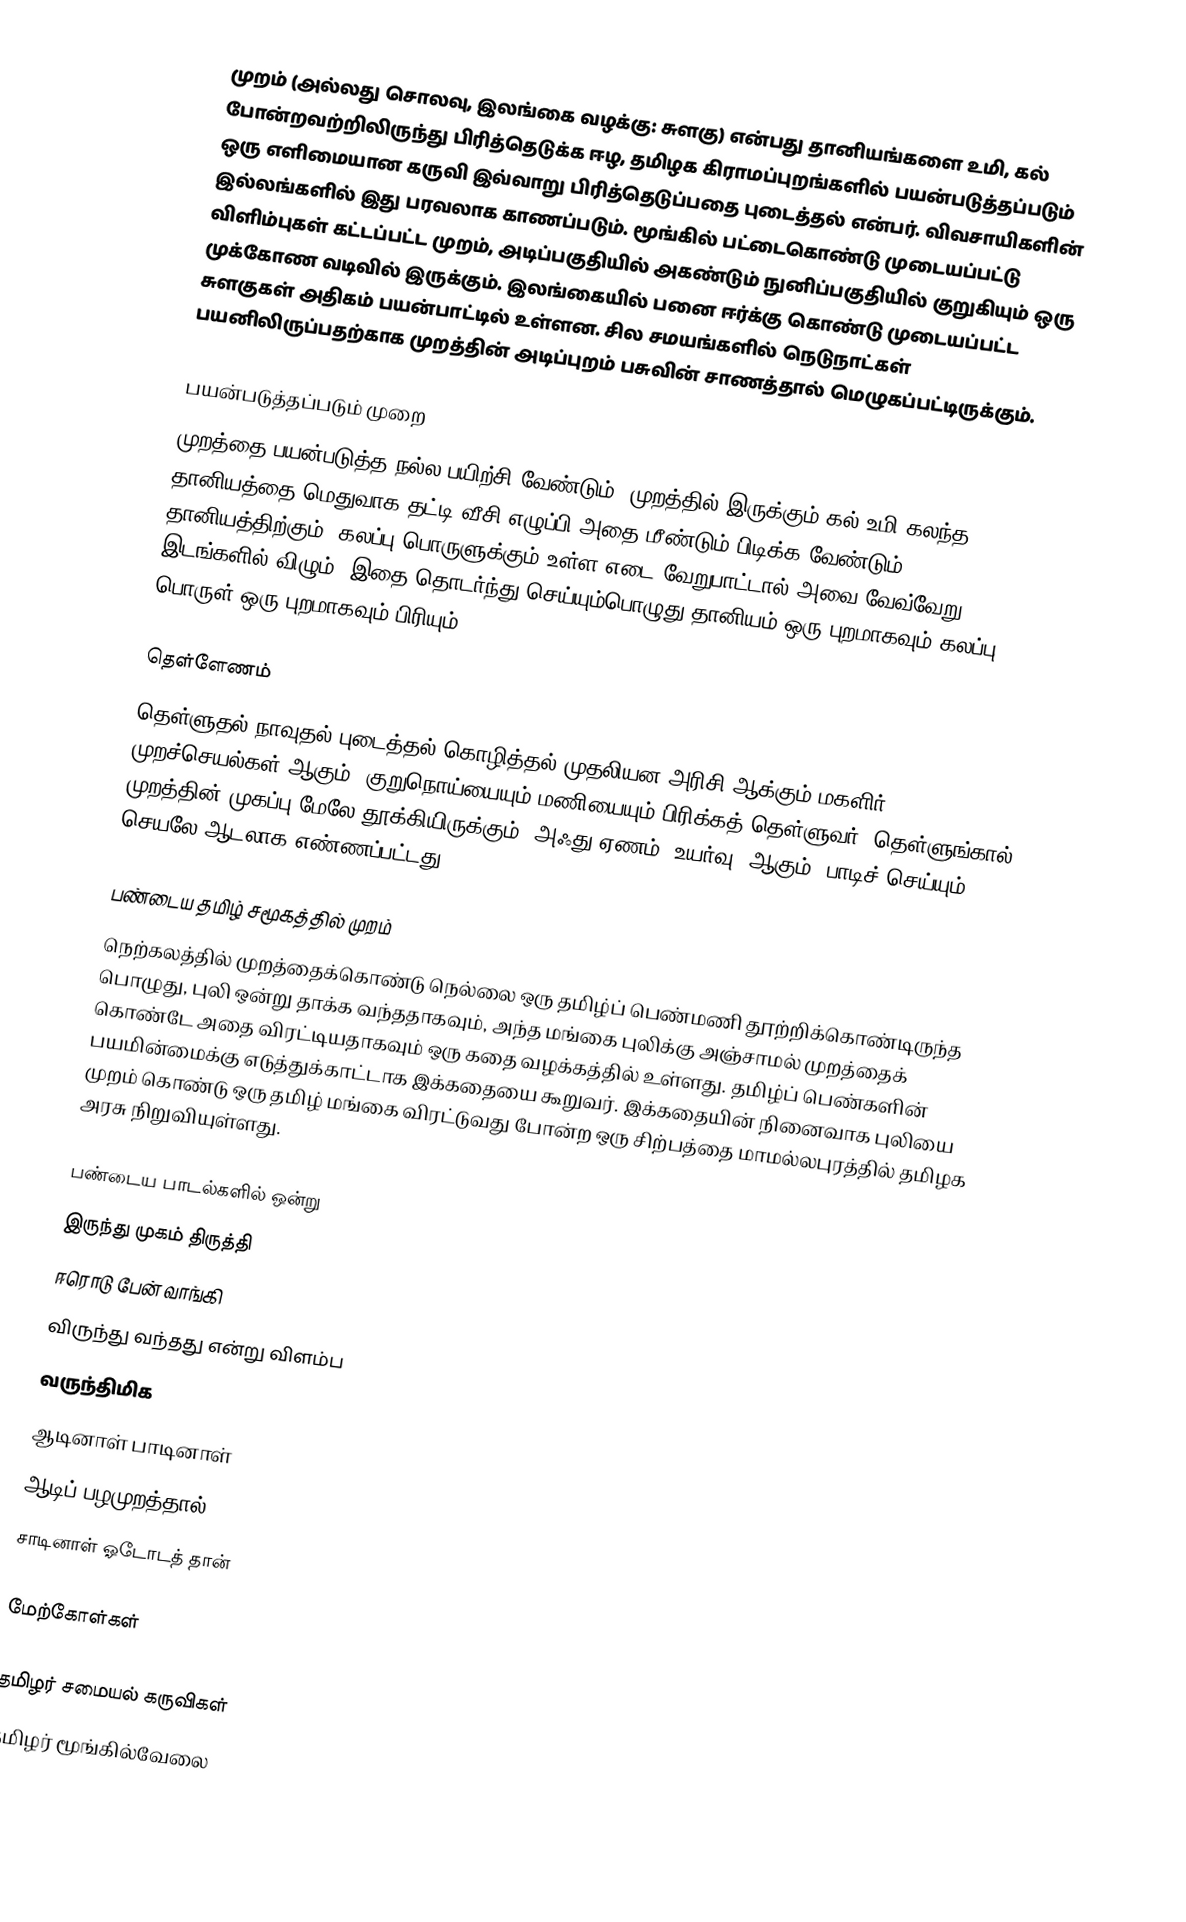
முறம் (அல்லது சொலவு, இலங்கை வழக்கு: சுளகு) என்பது தானியங்களை உமி, கல் போன்றவற்றிலிருந்து பிரித்தெடுக்க ஈழ, தமிழக கிராமப்புறங்களில் பயன்படுத்தப்படும் ஒரு எளிமையான கருவி  இவ்வாறு பிரித்தெடுப்பதை புடைத்தல் என்பர். விவசாயிகளின் இல்லங்களில் இது பரவலாக காணப்படும். மூங்கில் பட்டைகொண்டு முடையப்பட்டு விளிம்புகள் கட்டப்பட்ட முறம், அடிப்பகுதியில் அகண்டும் நுனிப்பகுதியில் குறுகியும் ஒரு முக்கோண வடிவில் இருக்கும். இலங்கையில் பனை ஈர்க்கு கொண்டு முடையப்பட்ட சுளகுகள் அதிகம் பயன்பாட்டில் உள்ளன. சில சமயங்களில் நெடுநாட்கள் பயனிலிருப்பதற்காக முறத்தின் அடிப்புறம் பசுவின் சாணத்தால் மெழுகப்பட்டிருக்கும்.

பயன்படுத்தப்படும் முறை
முறத்தை பயன்படுத்த நல்ல பயிற்சி வேண்டும். முறத்தில் இருக்கும் கல்/உமி கலந்த தானியத்தை மெதுவாக தட்டி/வீசி எழுப்பி அதை மீண்டும் பிடிக்க வேண்டும். தானியத்திற்கும், கலப்பு பொருளுக்கும் உள்ள எடை வேறுபாட்டால் அவை வேவ்வேறு இடங்களில் விழும். இதை தொடர்ந்து செய்யும்பொழுது தானியம் ஒரு புறமாகவும் கலப்பு பொருள் ஒரு புறமாகவும் பிரியும்.

தெள்ளேணம்
தெள்ளுதல் நாவுதல் புடைத்தல் கொழித்தல் முதலியன அரிசி ஆக்கும் மகளிர் முறச்செயல்கள் ஆகும். குறுநொய்யையும்,மணியையும் பிரிக்கத் தெள்ளுவர். தெள்ளுங்கால் முறத்தின் முகப்பு மேலே தூக்கியிருக்கும். அஃது ஏணம் (உயர்வு) ஆகும். பாடிச் செய்யும் செயலே ஆடலாக எண்ணப்பட்டது.

பண்டைய தமிழ் சமூகத்தில் முறம்
 நெற்கலத்தில் முறத்தைக்கொண்டு நெல்லை ஒரு தமிழ்ப் பெண்மணி தூற்றிக்கொண்டிருந்த பொழுது, புலி ஒன்று தாக்க வந்ததாகவும், அந்த மங்கை புலிக்கு அஞ்சாமல் முறத்தைக் கொண்டே அதை விரட்டியதாகவும் ஒரு கதை வழக்கத்தில் உள்ளது. தமிழ்ப் பெண்களின் பயமின்மைக்கு எடுத்துக்காட்டாக இக்கதையை கூறுவர். இக்கதையின் நினைவாக புலியை முறம் கொண்டு ஒரு தமிழ் மங்கை விரட்டுவது போன்ற ஒரு சிற்பத்தை மாமல்லபுரத்தில் தமிழக அரசு நிறுவியுள்ளது.

 பண்டைய பாடல்களில் ஒன்று
இருந்து முகம் திருத்தி
ஈரொடு பேன் வாங்கி
விருந்து வந்தது என்று விளம்ப
வருந்திமிக
ஆடினாள் பாடினாள்
ஆடிப் பழமுறத்தால்
சாடினாள் ஓடோடத் தான்

மேற்கோள்கள்

தமிழர் சமையல் கருவிகள்
தமிழர் மூங்கில்வேலை